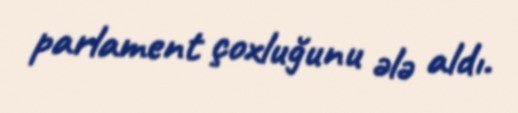
parlament çoxluğunu ələ aldı.